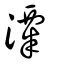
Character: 潥